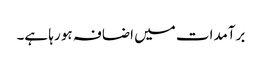
برآمدات میں اضافہ ہو رہا ہے۔